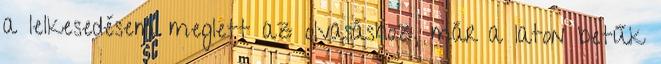
a lelkesedésem meglett az olvasáshoz, már a laton betűk